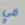
في